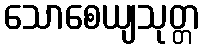
သောစေယျသုတ္တ